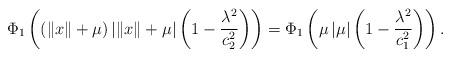
LaTeX: \begin{align*}\Phi_{1}\left(\left(\left\Vert x\right\Vert +\mu\right)\left|\left\Vert x\right\Vert +\mu\right|\left(1-\frac{\lambda^{2}}{c_{2}^{2}}\right)\right)=\Phi_{1}\left(\mu\left|\mu\right|\left(1-\frac{\lambda^{2}}{c_{1}^{2}}\right)\right).\end{align*}